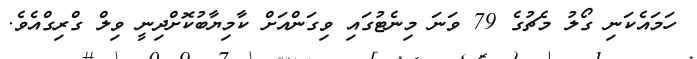
ހަމައެކަނި ގޯލު މެޗުގެ 79 ވަނަ މިނެޓުގައި ވިގަންއަށް ކާމިޔާބުކޮށްދިނީ ވިލް ގްރިގްއެވެ.